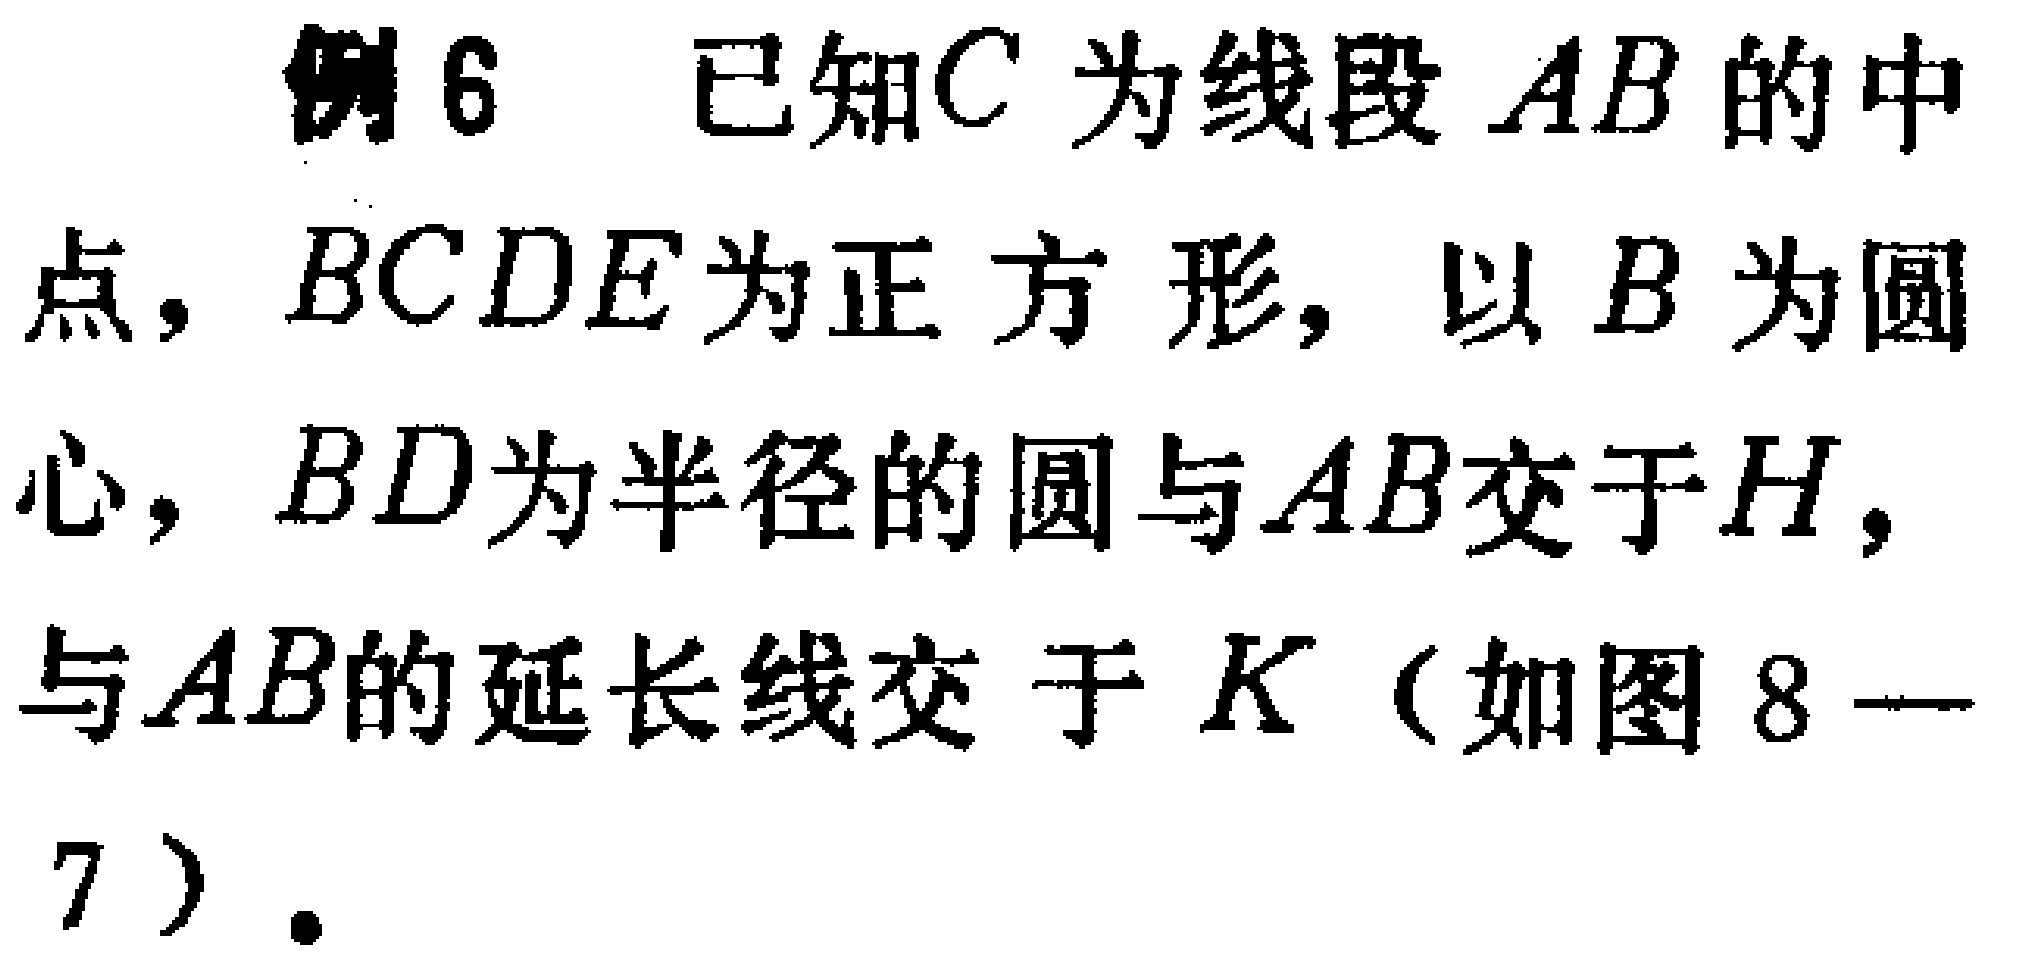
例6 已知\(C\)为线段\(AB\)的中点，\(BCDE\)为正方形，以\(B\)为圆心，\(BD\)为半径的圆与\(AB\)交于\(H\)，与\(AB\)的延长线交于\(K\)（如图8—7）.